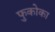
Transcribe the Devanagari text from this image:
फुकोका